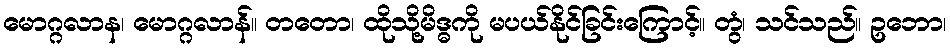
မောဂ္ဂလာန၊ မောဂ္ဂလာန်။ တတော၊ ထိုသို့မိဒ္ဓကို မပယ်နိုင်ခြင်းကြောင့်။ တွံ၊ သင်သည်။ ဥဘော၊